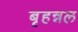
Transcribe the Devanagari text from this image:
बृहन्नल